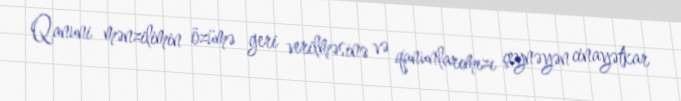
Qanuni mənzilimin özümə geri verilməsinə və qanunlarımızı çeynəyən cinayətkar